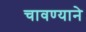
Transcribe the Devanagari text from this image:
चावण्याने